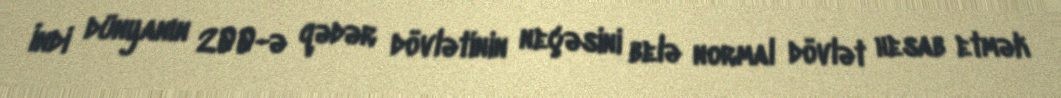
İndi dünyanın 200-ə qədər dövlətinin neçəsini belə normal dövlət hesab etmək